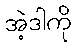
အဲ့ဒါကို